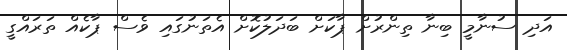
އަދި ސުނާމީ ބިނާ ތިންރުށް ޕާކަށް ބަދަލުކޮށް އެތަނުގައި ވެސް ޕާކެއް ތަރައްގީ